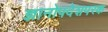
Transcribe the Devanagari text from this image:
ज्ञानोपदेशपरक